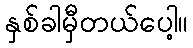
နှစ်ခါမှီတယ်ပေါ့။